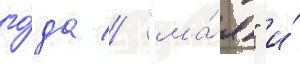
го́да // "ма́я" и́